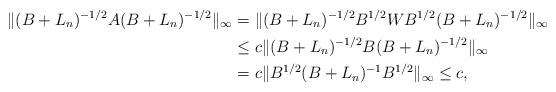
LaTeX: \begin{align*}\|(B+L_n)^{-1/2}A(B+L_n)^{-1/2}\|_\infty&= \|(B+L_n)^{-1/2}B^{1/2}WB^{1/2}(B+L_n)^{-1/2}\|_\infty \\&\le c\|(B+L_n)^{-1/2}B(B+L_n)^{-1/2}\|_\infty \\&=c\|B^{1/2}(B+L_n)^{-1}B^{1/2}\|_\infty\le c,\end{align*}